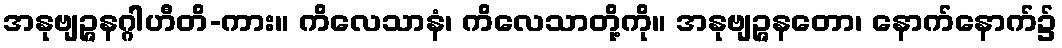
အနုဗျဉ္ဇနဂ္ဂါဟီတိ-ကား။ ကိလေသာနံ၊ ကိလေသာတို့ကို။ အနုဗျဉ္ဇနတော၊ နောက်နောက်၌